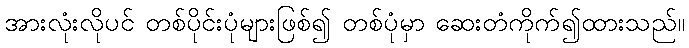
အားလုံးလိုပင် တစ်ပိုင်းပုံများဖြစ်၍ တစ်ပုံမှာ ဆေးတံကိုက်၍ထားသည်။